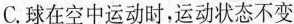
C.球在空中运动时，运动状态不变